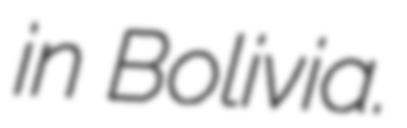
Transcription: in Bolivia.